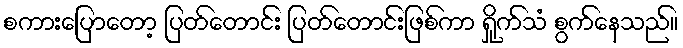
စကားပြောတော့ ပြတ်တောင်း ပြတ်တောင်းဖြစ်ကာ ရှိုက်သံ စွက်နေသည်။